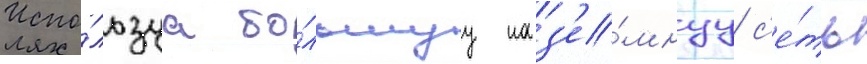
Испо́льзуа бо́льшуу наз'е́мнуу с'е́ть